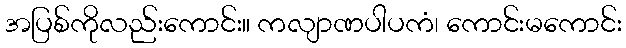
အပြစ်ကိုလည်းကောင်း။ ကလျာဏပါပကံ၊ ကောင်းမကောင်း